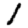
Digit: 1